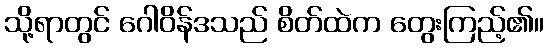
သို့ရာတွင် ဂေါဝိန်ဒသည် စိတ်ထဲက တွေးကြည့်၏။